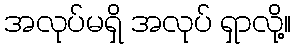
အလုပ်မရှိ အလုပ် ရှာလို့။